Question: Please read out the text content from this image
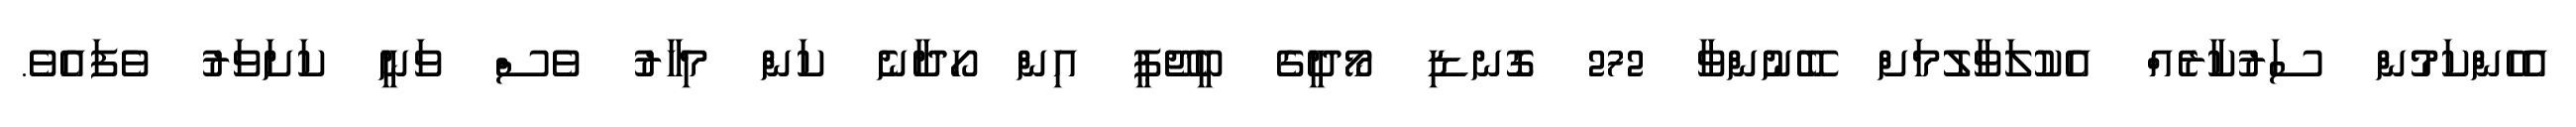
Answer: އެހެންކަމުން ސަރުކާރެއް އެކުލަވާލުމަށް ބޭނުންވާ 272 ގޮނޑި މޯދީގެ ބީޖޭޕީ އިން ހޯދާނެ ކަން މިހާރު ވެސް ވަނީ ކަށަވަރު ވެފައެވެ.